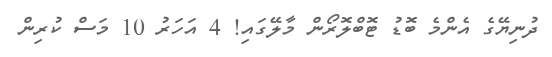
ދުނިޔޭގެ އެންމެ ބޮޑު ޓޮބްލޮރޯން މާލޭގައި! 4 އަހަރު 10 މަސް ކުރިން